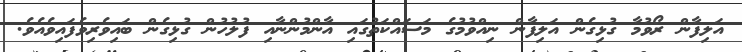
އަލިފާން ރޯވުމާ ގުޅިގެން އަލިފާން ނިއްވުމުގެ މަސައްކަތުގައި އާންމުންނާއި ފުލުހުން ގުޅިގެން ބައިވެރިވެފައިވެއެވެ.